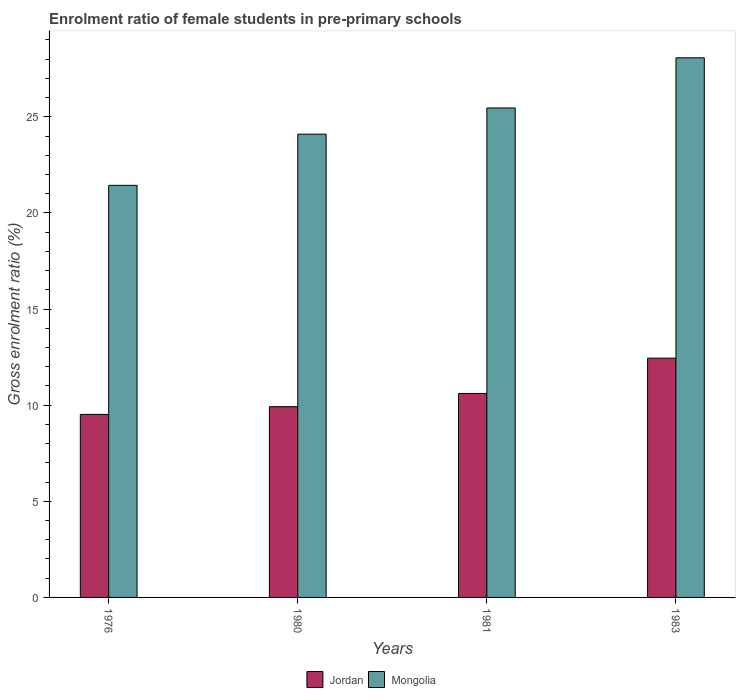
| Years | Jordan | Mongolia |
 | --- | --- | --- |
 | 1976 | 9.52 | 21.4 |
 | 1980 | 9.92 | 24.1 |
 | 1981 | 10.6 | 25.5 |
 | 1983 | 12.4 | 28.1 |